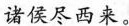
诸侯尽西来。